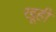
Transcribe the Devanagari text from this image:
खूही